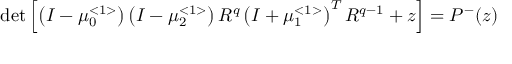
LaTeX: \operatorname * { d e t } \left[ \left( I - \mu _ { 0 } ^ { < 1 > } \right) \left( I - \mu _ { 2 } ^ { < 1 > } \right) R ^ { q } \left( I + \mu _ { 1 } ^ { < 1 > } \right) ^ { T } R ^ { q - 1 } + z \right] = P ^ { - } ( z )